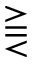
\gtreqqless